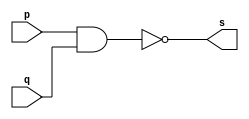
// ---------------------
// Guia 02_01 - OR
// Nome: Heitor Terozendi	
// ---------------------

// ---------------------
// -- nand gate 
// ---------------------

module nandgate (s, p, q);
 output s;
 input  p, q;

 assign s = ~(p & q);

endmodule // nandgate


// ---------------------
// -- or gate with nand
// ---------------------

module orgate (s0, p, q);
 output s0;
 wire s1, s2;
 input  p, q;

 nandgate NAND1 (s1, p, p);
 nandgate NAND2 (s2, q, q);
 nandgate NAND3 (s0, s1, s2);

endmodule // orgate


// --------------------------
// -- test or gate with nand
// --------------------------

module testorgate;
 reg   a, b;             
 wire  s;
          // instancia
 orgate OR1 (s, a, b);

 initial begin:start
      a=0; b=0;
 end

          // parte principal
 initial begin:main
      $display("Guia 02_01 - Heitor Terozendi - 396698");
      $display("Test OR gate");
      $display("\n~(~a & ~b) = s\n");
      $monitor("~(~%b & ~%b) = %b", a, b, s);
  #1  a=0; b=1; 
  #1  a=1; b=0; 
  #1  a=1; b=1; 
  
 end

endmodule // testorgate